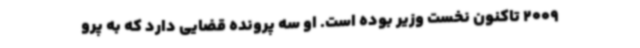
2009 تاکنون نخست وزیر بوده است. او سه پرونده قضایی دارد که به پرو